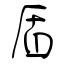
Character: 盾